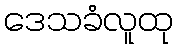
ဒေသခံလူထု